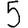
Digit: 5